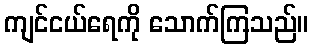
ကျင်ငယ်ရေကို သောက်ကြသည်။